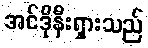
အင်ဒိုနီးရှားသည်